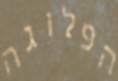
הפלוגה